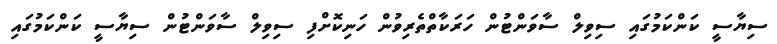
ސިޔާސީ ކަންކަމުގައި ސިވިލް ސާވަންޓުން ހަރަކާތްތެރިވުން ހަނިކޮށްފި ސިވިލް ސާވަންޓުން ސިޔާސީ ކަންކަމުގައި